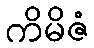
ကိမိဇံ